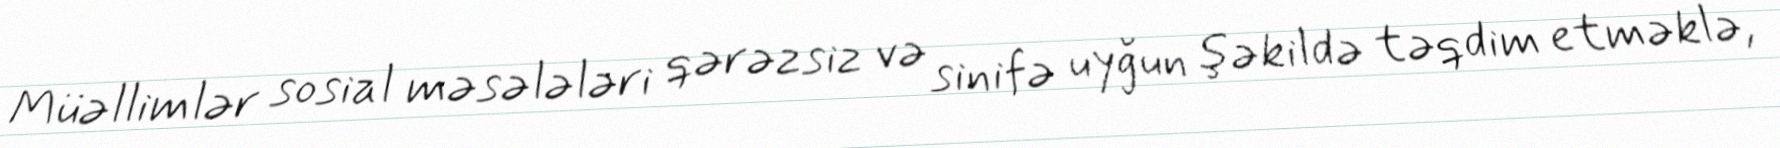
Müəllimlər sosial məsələləri qərəzsiz və sinifə uyğun şəkildə təqdim etməklə,